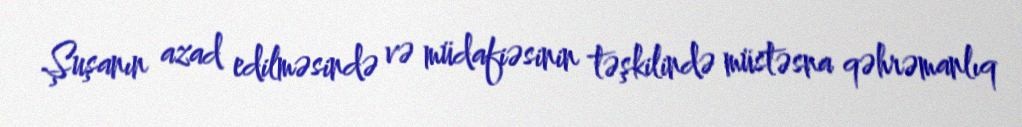
Şuşanın azad edilməsində və müdafiəsinin təşkilində müstəsna qəhrəmanlıq